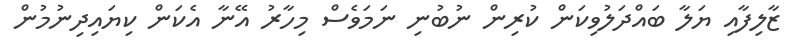
ޒާލިފާއި ޔަލާ ބައްދަލުވިކަން ކުރިން ނުބުނި ނަމަވެސް މިހާރު އޭނާ އެކަން ކިޔައިދިނުމުން